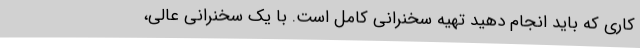
کاری که باید انجام دهید تهیه سخنرانی کامل است. با یک سخنرانی عالی،